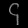
Digit: ၄